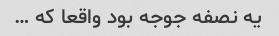
یه نصفه جوجه بود واقعا که …